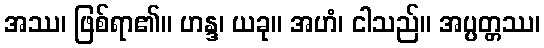
အဿ၊ ဖြစ်ရာ၏။ ဟန္ဒ၊ ယခု။ အဟံ၊ ငါသည်။ အပ္ပတ္တဿ၊